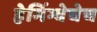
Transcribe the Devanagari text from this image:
हेमिंग्वेचेच